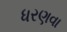
ધરણવા